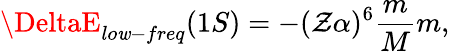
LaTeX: \DeltaE_{lo\mathit{w}-freq}(1S)=-{(\mathcal{Z}\alpha)^{6}}\frac{{m}}{{M}}m,